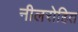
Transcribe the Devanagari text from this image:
नीलरोहित